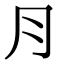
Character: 𣍝